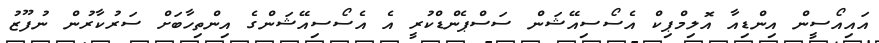
އައިއޯސީން އިންޑިއާ އޮލިމްޕިކް އެސޯސިއޭޝަން ސަސްޕެންޑްކުރީ އެ އެސޯސިއޭޝަންގެ އިންތިހާބަށް ސަރުކާރުން ނުފޫޒު